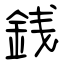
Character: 銭